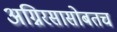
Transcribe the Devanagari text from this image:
अग्निरसासोबतच